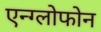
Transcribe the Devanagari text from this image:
एन्ग्लोफोन